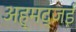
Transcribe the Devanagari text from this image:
अह्मद्जई